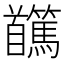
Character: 𩠸